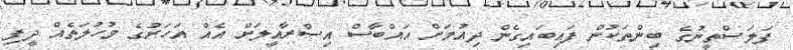
ފަލަސްތީނުގެ ބިންތަކުން ފައިބައިގެން ދިއުމަށް އައްބާސް އިސްރާއީލަށް އެއް އަހަރުގެ މުހުލަތެއް ދީފި